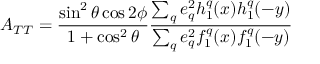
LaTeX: A _ { T T } = \frac { \sin ^ { 2 } \theta \cos 2 \phi } { 1 + \cos ^ { 2 } \theta } \frac { \sum _ { q } e _ { q } ^ { 2 } h _ { 1 } ^ { q } ( x ) h _ { 1 } ^ { q } ( - y ) } { \sum _ { q } e _ { q } ^ { 2 } f _ { 1 } ^ { q } ( x ) f _ { 1 } ^ { q } ( - y ) }